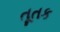
તૂતક